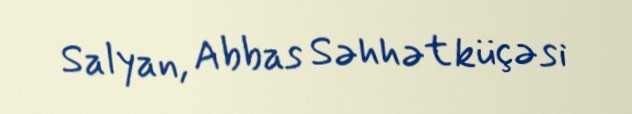
Salyan, Abbas Səhhət küçəsi